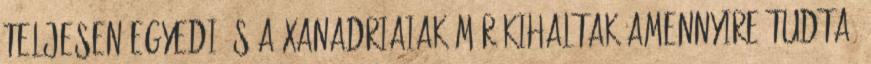
Teljesen egyedi és a Xanadriaiak már kihaltak amennyire tudta.